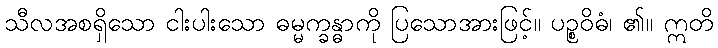
သီလအစရှိသော ငါးပါးသော ဓမ္မက္ခန္ဓာကို ပြသောအားဖြင့်။ ပဉ္စဝိဓံ၊ ၏။ ဣတိ